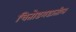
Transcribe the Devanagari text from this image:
चितोडगडातील